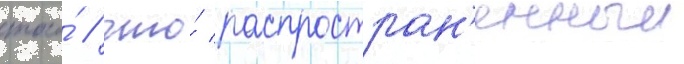
того́ / что́ распростран'енныи